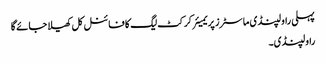
پہلی راولپنڈی ماسٹرز پریمیئر کرکٹ لیگ کا فائنل کل کھیلا جائے گا
راولپنڈی۔